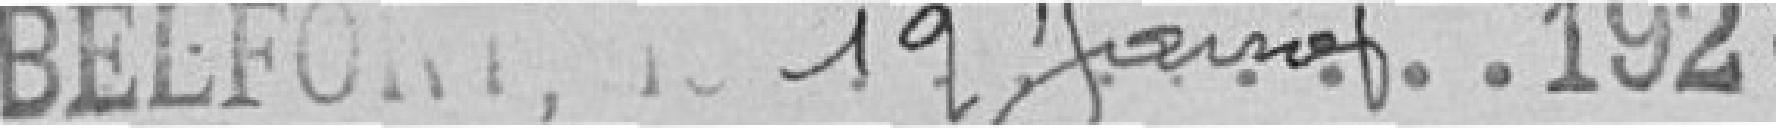
Belfort le 19 janvier 1922